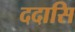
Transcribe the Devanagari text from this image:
ददासि